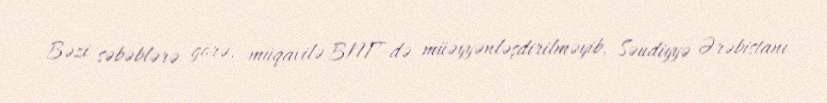
Bəzi səbəblərə görə, müqavilə BMT-də müəyyənləşdirilməyib, Səudiyyə Ərəbistanı